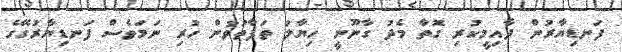
ފަނޑިޔާރުން ދާއިމީކުރި ގޮތާ މެދު ގާނޫނީ ހިޔާލު ތަފާތުވުން ހުރި ނަމަވެސް ފަނޑިޔާރުގޭގެ